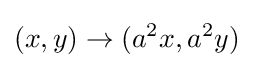
(x,y)\rightarrow (a^{2}x,a^{2}y)